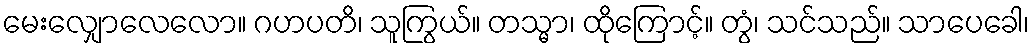
မေးလျှောလေလော။ ဂဟပတိ၊ သူကြွယ်။ တသ္မာ၊ ထိုကြောင့်။ တွံ၊ သင်သည်။ သာပေခေါ၊